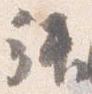
拝